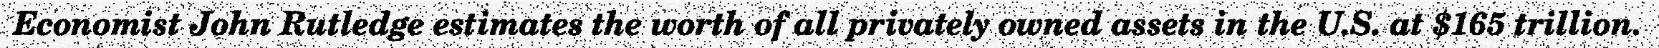
Economist John Rutledge estimates the worth of all privately owned assets in the U.S. at $165 trillion.